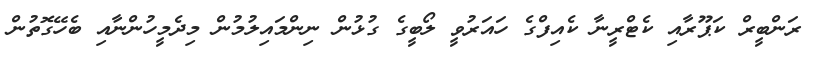
ރަންބީރް ކަޕޫރާއި ކެޓްރީނާ ކެއިފްގެ ހައަރުވީ ލޯބީގެ ގުޅުން ނިންމައިލުމުން މިދެމީހުންނާއި ބެހޭގޮތުން